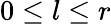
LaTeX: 0\leq l\leq r